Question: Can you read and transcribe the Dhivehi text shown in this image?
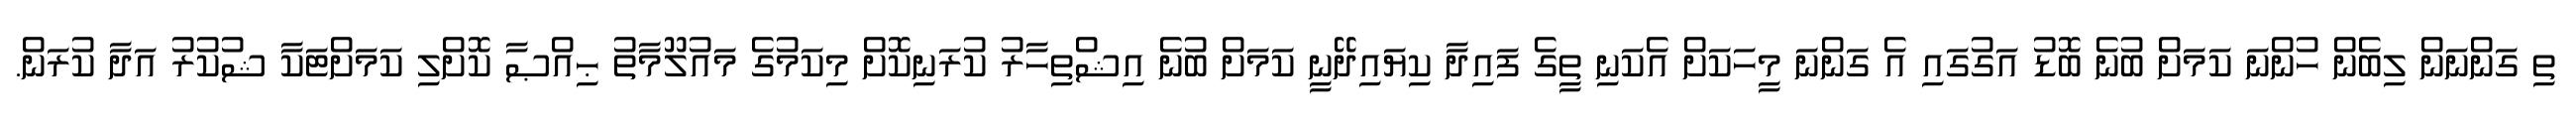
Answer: ތި ގަންނަން ލިބެން ހުންނަ ކަމަށް ބުނެ ބޮޑު އަގުގައި އެ ގަންނަ މީހަކަށް އެކަނި ތީގެ ފައިދާ ކިޔައިދޭނީ ކަމަށް ބުނެ އިޝްތިހާރު ކުރަނިކޮށް މިކަމުގެ މައުލޫމާތު ޙިއްޞާ ކޮށްލި ކަމަށްޓަކާ ޝުކުރު އަދާ ކުރަން.